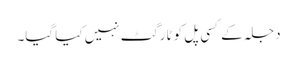
دجلہ کے کسی پل کو ٹارگٹ نہیں کیا گیا۔